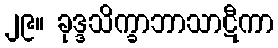
၂၉။ ခုဒ္ဒသိက္ခာဘာသာဋီကာ